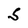
Character: S